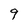
Character: 9